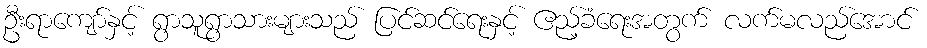
ဦးရာကျော်နှင့် ရွာသူရွာသားများသည် ပြင်ဆင်ရေးနှင့် ဧည့်ခံရေးအတွက် လက်မလည်အောင်